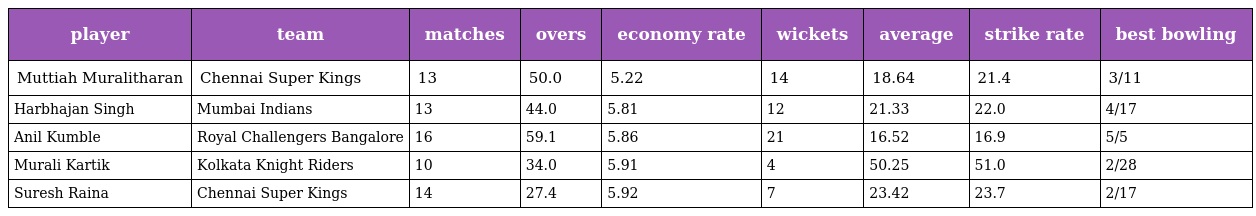
| player | team | matches | overs | economy rate | wickets | average | strike rate | best bowling |
 | --- | --- | --- | --- | --- | --- | --- | --- | --- |
 | Muttiah Muralitharan | Chennai Super Kings | 13 | 50.0 | 5.22 | 14 | 18.64 | 21.4 | 3/11 |
 | Harbhajan Singh | Mumbai Indians | 13 | 44.0 | 5.81 | 12 | 21.33 | 22.0 | 4/17 |
 | Anil Kumble | Royal Challengers Bangalore | 16 | 59.1 | 5.86 | 21 | 16.52 | 16.9 | 5/5 |
 | Murali Kartik | Kolkata Knight Riders | 10 | 34.0 | 5.91 | 4 | 50.25 | 51.0 | 2/28 |
 | Suresh Raina | Chennai Super Kings | 14 | 27.4 | 5.92 | 7 | 23.42 | 23.7 | 2/17 |